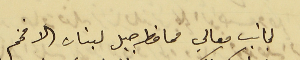
لجانب معالي محافظ جبل لبنان الافخم